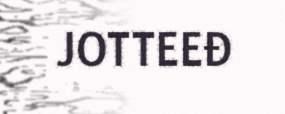
JOTTEEĐ